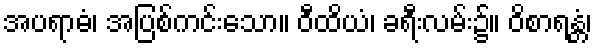
အပရာဓံ၊ အပြစ်ကင်းသော။ ဝီထိယံ၊ ခရီးလမ်း၌။ ဝိစာရန္တံ၊